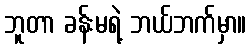
ဘူတာ ခန်းမရဲ့ ဘယ်ဘက်မှာ။